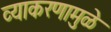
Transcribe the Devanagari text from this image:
व्याकरणामुळे